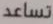
تساعد